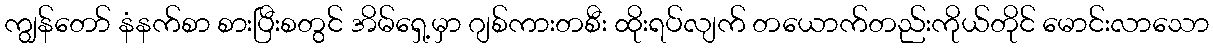
ကျွန်တော် နံနက်စာ စားပြီးစတွင် အိမ်ရှေ့မှာ ဂျစ်ကားတစီး ထိုးရပ်လျက် တယောက်တည်းကိုယ်တိုင် မောင်းလာသော